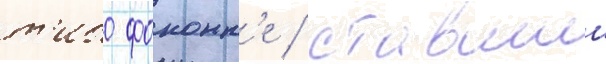
т'ибо фоконн'е / ставшии